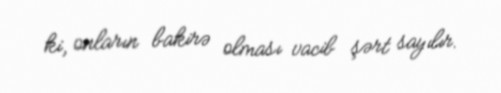
ki, onların bakirə olması vacib şərt sayılır.